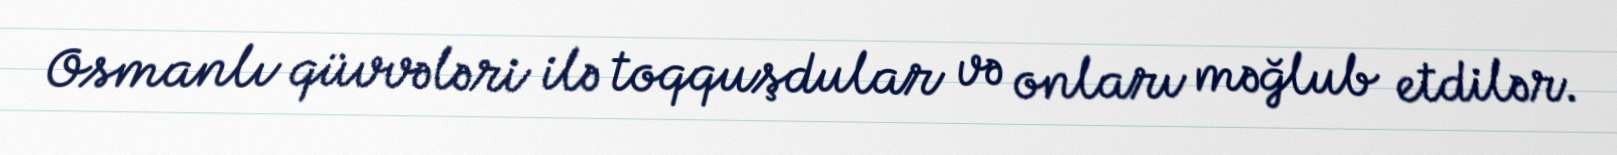
Osmanlı qüvvələri ilə toqquşdular və onları məğlub etdilər.